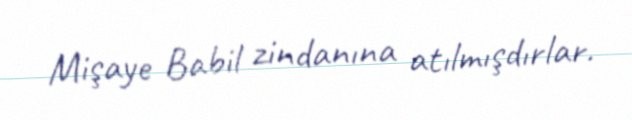
Mişaye Babil zindanına atılmışdırlar.